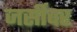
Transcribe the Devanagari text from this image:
जर्सीवर